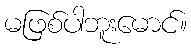
မဖြစ်ပါဘူးမောင်။